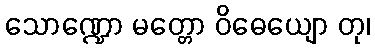
သောဏ္ဍော မတ္တော ဝိဓေယျော တု၊